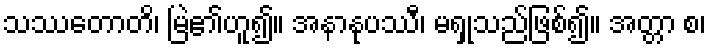
သဿတောတိ၊ မြဲ၏ဟူ၍။ အနာနုပဿီ၊ မရှုသည်ဖြစ်၍။ အတ္တာ စ၊